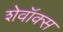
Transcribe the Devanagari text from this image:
शेवॉक्स